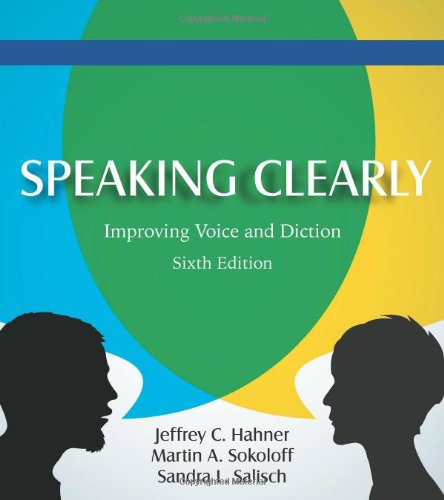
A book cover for Speaking Clearly: Improving Voice and Diction; Jeffrey C. Hahner; Reference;